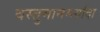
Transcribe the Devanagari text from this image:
वस्तुमानमर्यादा